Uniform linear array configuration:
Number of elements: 32
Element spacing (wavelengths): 0.5
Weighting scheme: blackman
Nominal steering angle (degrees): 45
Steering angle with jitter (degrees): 45.549
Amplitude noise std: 0.05
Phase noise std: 0.05

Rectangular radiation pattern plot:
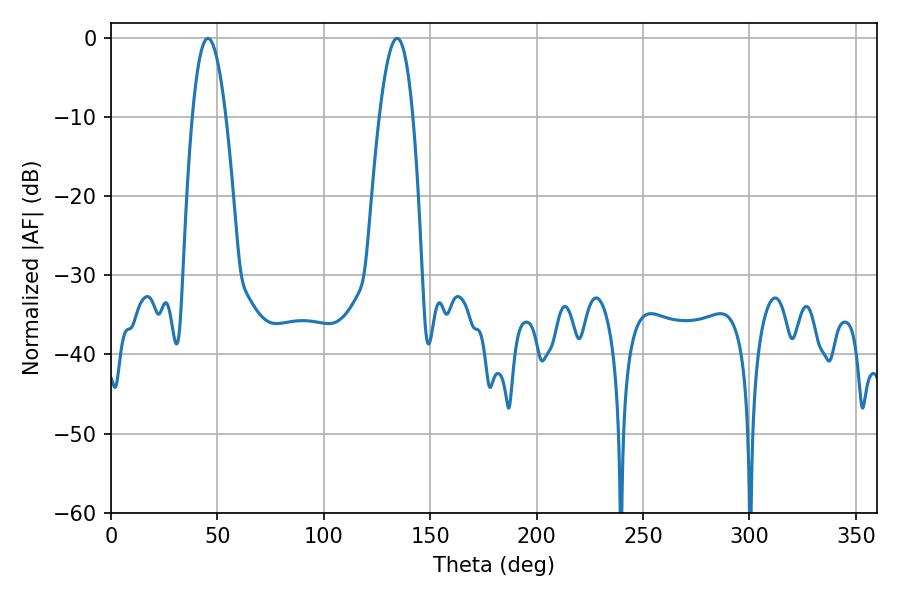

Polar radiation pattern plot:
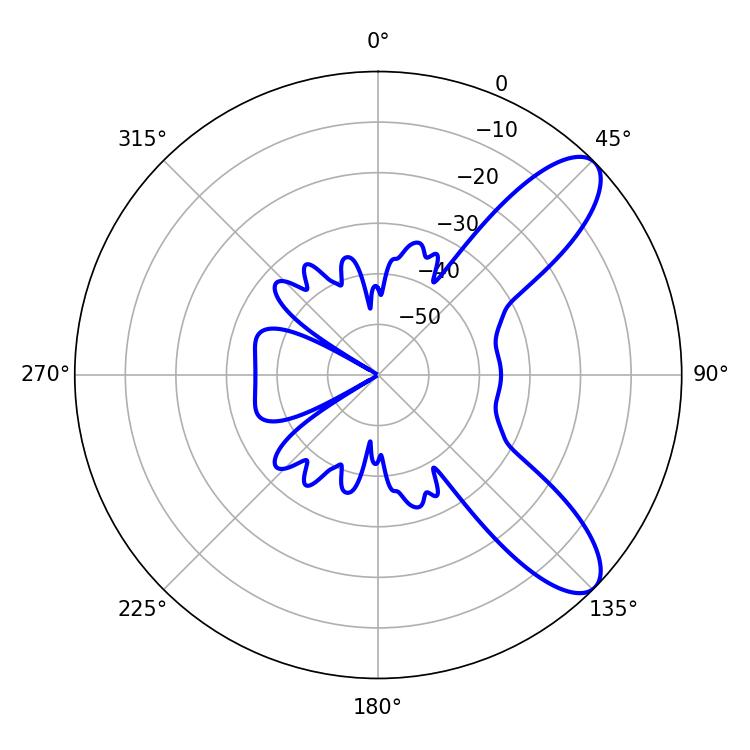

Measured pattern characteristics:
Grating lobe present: FALSE
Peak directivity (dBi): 9.337
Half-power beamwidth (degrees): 8.64
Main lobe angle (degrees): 45.54